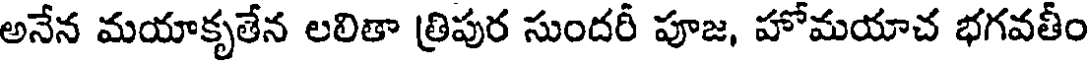
అనేన మయాకృతేన లలితా త్రిపుర సుందరీ పూజ, హోమయాచ భగవతీం